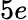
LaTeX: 5e